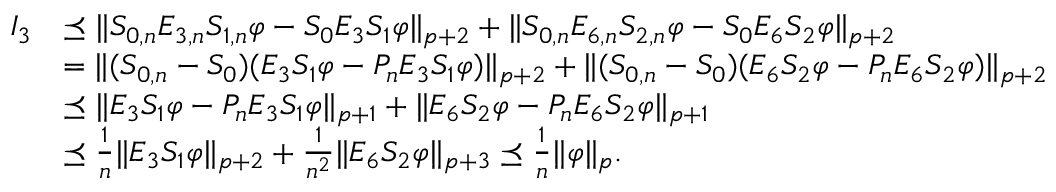
\begin{array} { r l } { I _ { 3 } } & { \preceq \| S _ { 0 , n } E _ { 3 , n } S _ { 1 , n } \varphi - S _ { 0 } E _ { 3 } S _ { 1 } \varphi \| _ { p + 2 } + \| S _ { 0 , n } E _ { 6 , n } S _ { 2 , n } \varphi - S _ { 0 } E _ { 6 } S _ { 2 } \varphi \| _ { p + 2 } } \\ & { = \| ( S _ { 0 , n } - S _ { 0 } ) ( E _ { 3 } S _ { 1 } \varphi - P _ { n } E _ { 3 } S _ { 1 } \varphi ) \| _ { p + 2 } + \| ( S _ { 0 , n } - S _ { 0 } ) ( E _ { 6 } S _ { 2 } \varphi - P _ { n } E _ { 6 } S _ { 2 } \varphi ) \| _ { p + 2 } } \\ & { \preceq \| E _ { 3 } S _ { 1 } \varphi - P _ { n } E _ { 3 } S _ { 1 } \varphi \| _ { p + 1 } + \| E _ { 6 } S _ { 2 } \varphi - P _ { n } E _ { 6 } S _ { 2 } \varphi \| _ { p + 1 } } \\ & { \preceq \frac { 1 } { n } \| E _ { 3 } S _ { 1 } \varphi \| _ { p + 2 } + \frac { 1 } { n ^ { 2 } } \| E _ { 6 } S _ { 2 } \varphi \| _ { p + 3 } \preceq \frac { 1 } { n } \| \varphi \| _ { p } . } \end{array}